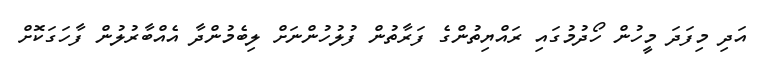
އަދި މިފަދަ މީހުން ހޯދުމުގައި ރައްޔިތުންގެ ފަރާތުން ފުލުހުންނަށް ލިބެމުންދާ އެއްބާރުލުން ފާހަގަކޮށް